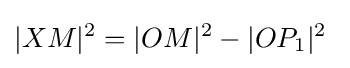
|XM|^{2}=|OM|^{2}-|OP_{1}|^{2}\